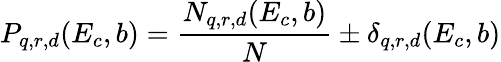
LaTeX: P_{q,r,d}(E_{c},b)=\frac{N_{q,r,d}(E_{c},b)}{N}\pm\delta_{q,r,d}(E_{c},b)